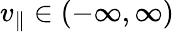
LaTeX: v_{\parallel}\in\left(-\infty,\infty\right)